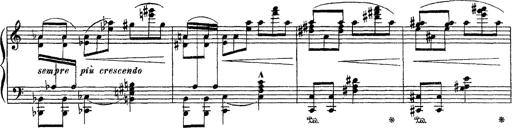
Title: Apparitions
Composer: Franz Liszt